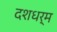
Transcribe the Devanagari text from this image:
दशधर्म